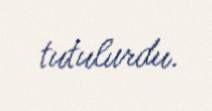
tutulurdu.